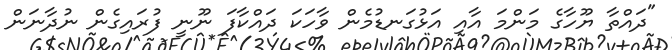
"ދައްތާ ޔޫހާގެ މަންމަ އާއި އަޅުގަނޑުމެން ވާހަކަ ދައްކާފަ ނޫނީ ފުރައިގެން ނުދާނަން